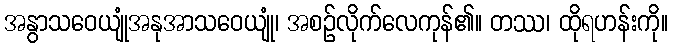
အနွာသဝေယျုံအနုအာသဝေယျုံ၊ အစဉ်လိုက်လေကုန်၏။ တဿ၊ ထိုရဟန်းကို။